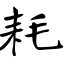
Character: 耗